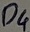
Text: D4